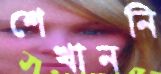
শেখাননি